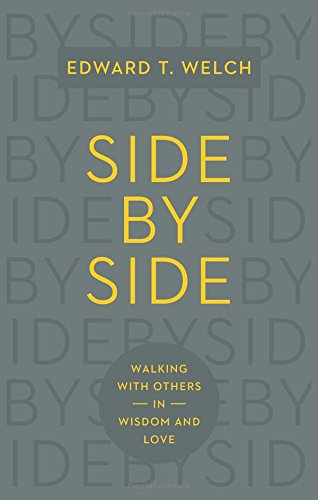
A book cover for Side by Side: Walking with Others in Wisdom and Love; Edward T. Welch; Christian Books & Bibles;